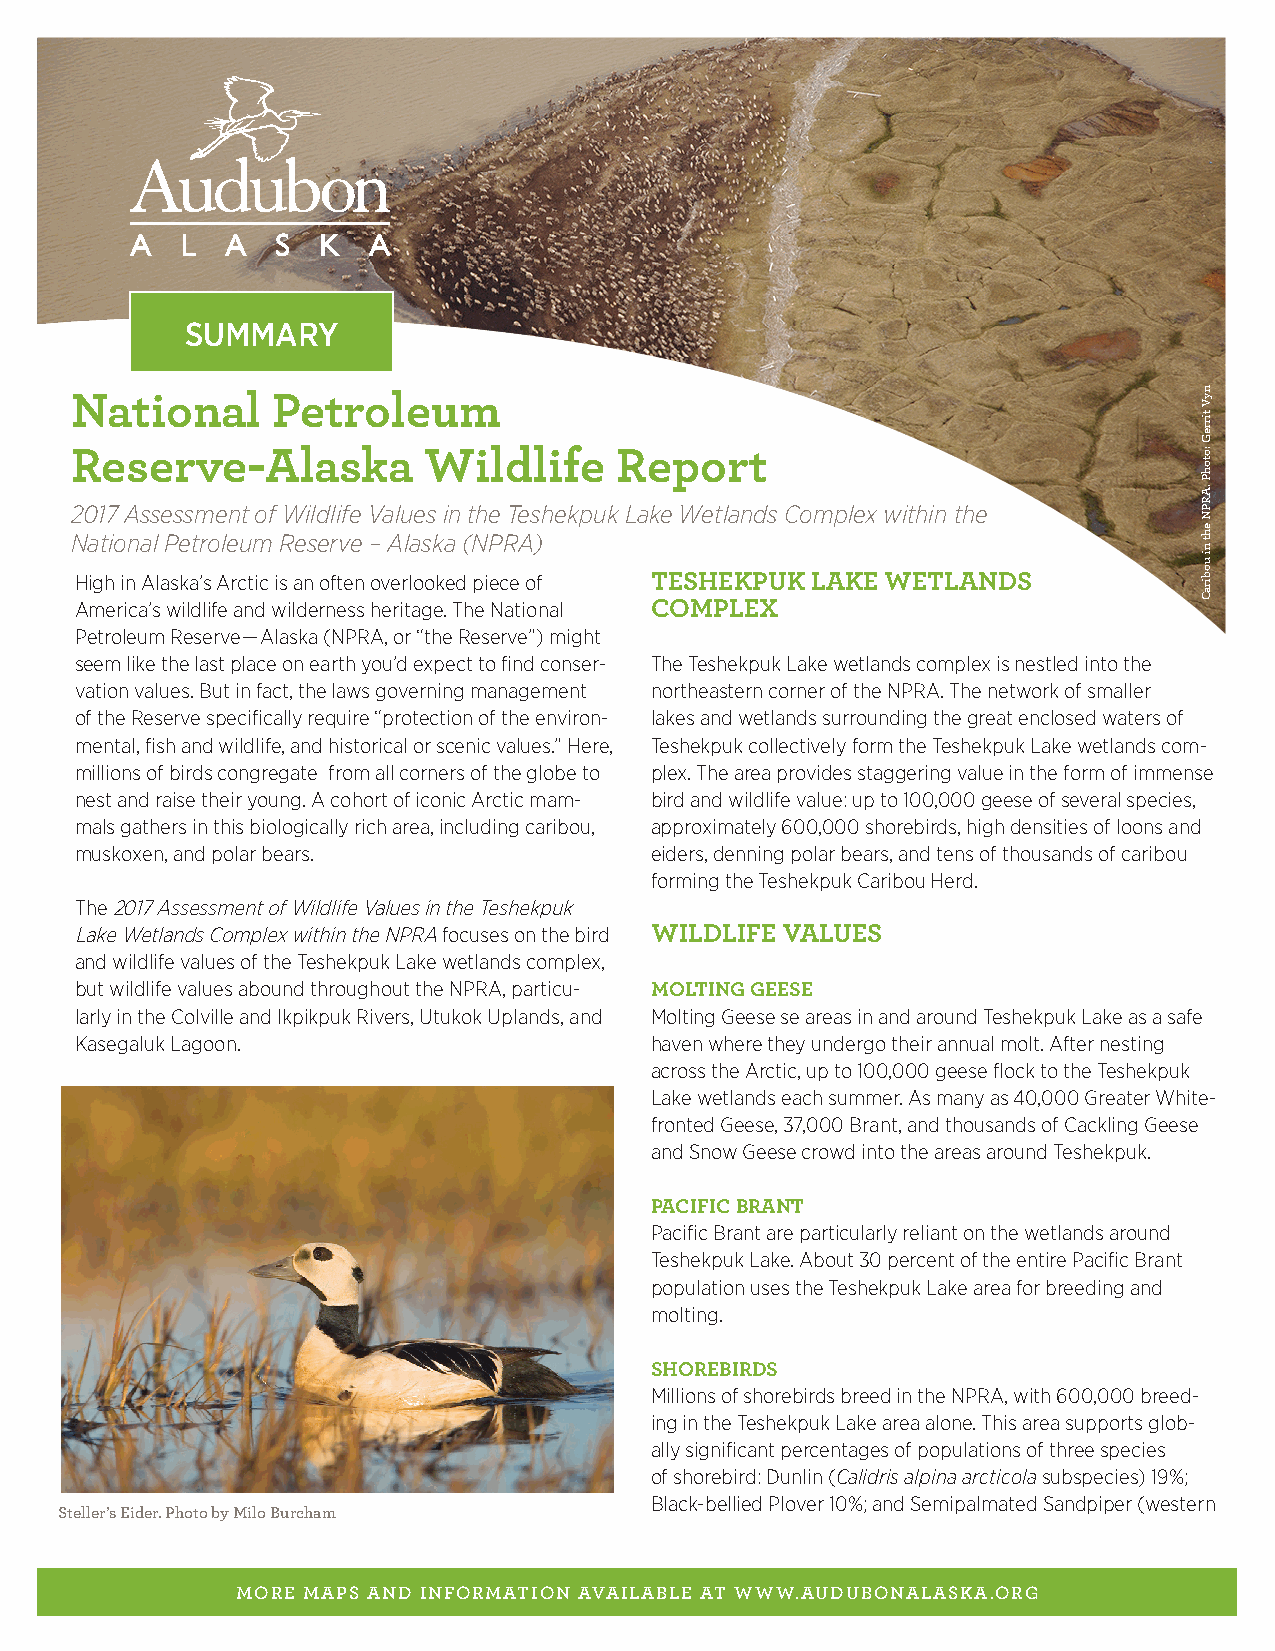
SUMMARY
 National     Petroleum
 Reserve-Alaska         Wildlife     Report
 2017 Assessment of Wildlife Values in the Teshekpuk Lake Wetlands Complex within the
 National Petroleum Reserve – Alaska (NPRA)
 High in Alaska’s Arctic is an often overlooked piece of TESHEKPUK LAKE WETLANDS
 America’s wildlife and wilderness heritage. The National COMPLEX
 Petroleum Reserve — Alaska (NPRA, or “the Reserve”) might
 seem like the last place on earth you’d expect to find conser- The Teshekpuk Lake wetlands complex is nestled into the
 vation values. But in fact, the laws governing management northeastern corner of the NPRA. The network of smaller
 of the Reserve specifically require “protection of the environ- lakes and wetlands surrounding the great enclosed waters of
 mental, fish and wildlife, and historical or scenic values.” Here, Teshekpuk collectively form the Teshekpuk Lake wetlands com-
 millions of birds congregate from all corners of the globe to plex. The area provides staggering value in the form of immense
 nest and raise their young. A cohort of iconic Arctic mam- bird and wildlife value: up to 100,000 geese of several species,
 mals gathers in this biologically rich area, including caribou, approximately 600,000 shorebirds, high densities of loons and
 muskoxen, and polar bears.            eiders, denning polar bears, and tens of thousands of caribou
 forming the Teshekpuk Caribou Herd.
 The 2017 Assessment of Wildlife Values in the Teshekpuk
 Lake Wetlands Complex within the NPRA focuses on the bird WILDLIFE VALUES
 and wildlife values of the Teshekpuk Lake wetlands complex,
 but wildlife values abound throughout the NPRA, particu- MOLTING GEESE
 larly in the Colville and Ikpikpuk Rivers, Utukok Uplands, and Molting Geese se areas in and around Teshekpuk Lake as a safe
 Kasegaluk Lagoon.                     haven where they undergo their annual molt. After nesting
 across the Arctic, up to 100,000 geese flock to the Teshekpuk
 Lake wetlands each summer. As many as 40,000 Greater White-
 fronted Geese, 37,000 Brant, and thousands of Cackling Geese
 and Snow Geese crowd into the areas around Teshekpuk.
 PACIFIC BRANT
 Pacific Brant are particularly reliant on the wetlands around
 Teshekpuk Lake. About 30 percent of the entire Pacific Brant
 population uses the Teshekpuk Lake area for breeding and
 molting.
 SHOREBIRDS
 Millions of shorebirds breed in the NPRA, with 600,000 breed-
 ing in the Teshekpuk Lake area alone. This area supports glob-
 ally significant percentages of populations of three species
 of shorebird: Dunlin (Calidris alpina arcticola subspecies) 19%;
 Black-bellied Plover 10%; and Semipalmated Sandpiper (western
 Steller’s Eider. Photo by Milo Burcham
 MORE MAPS AND INFORMATION AVAILABLE AT WWW.AUDUBONALASKA.ORG
 nyV
 tirreG
 :otohP
 .ARPN
 eht
 ni
 uobiraC